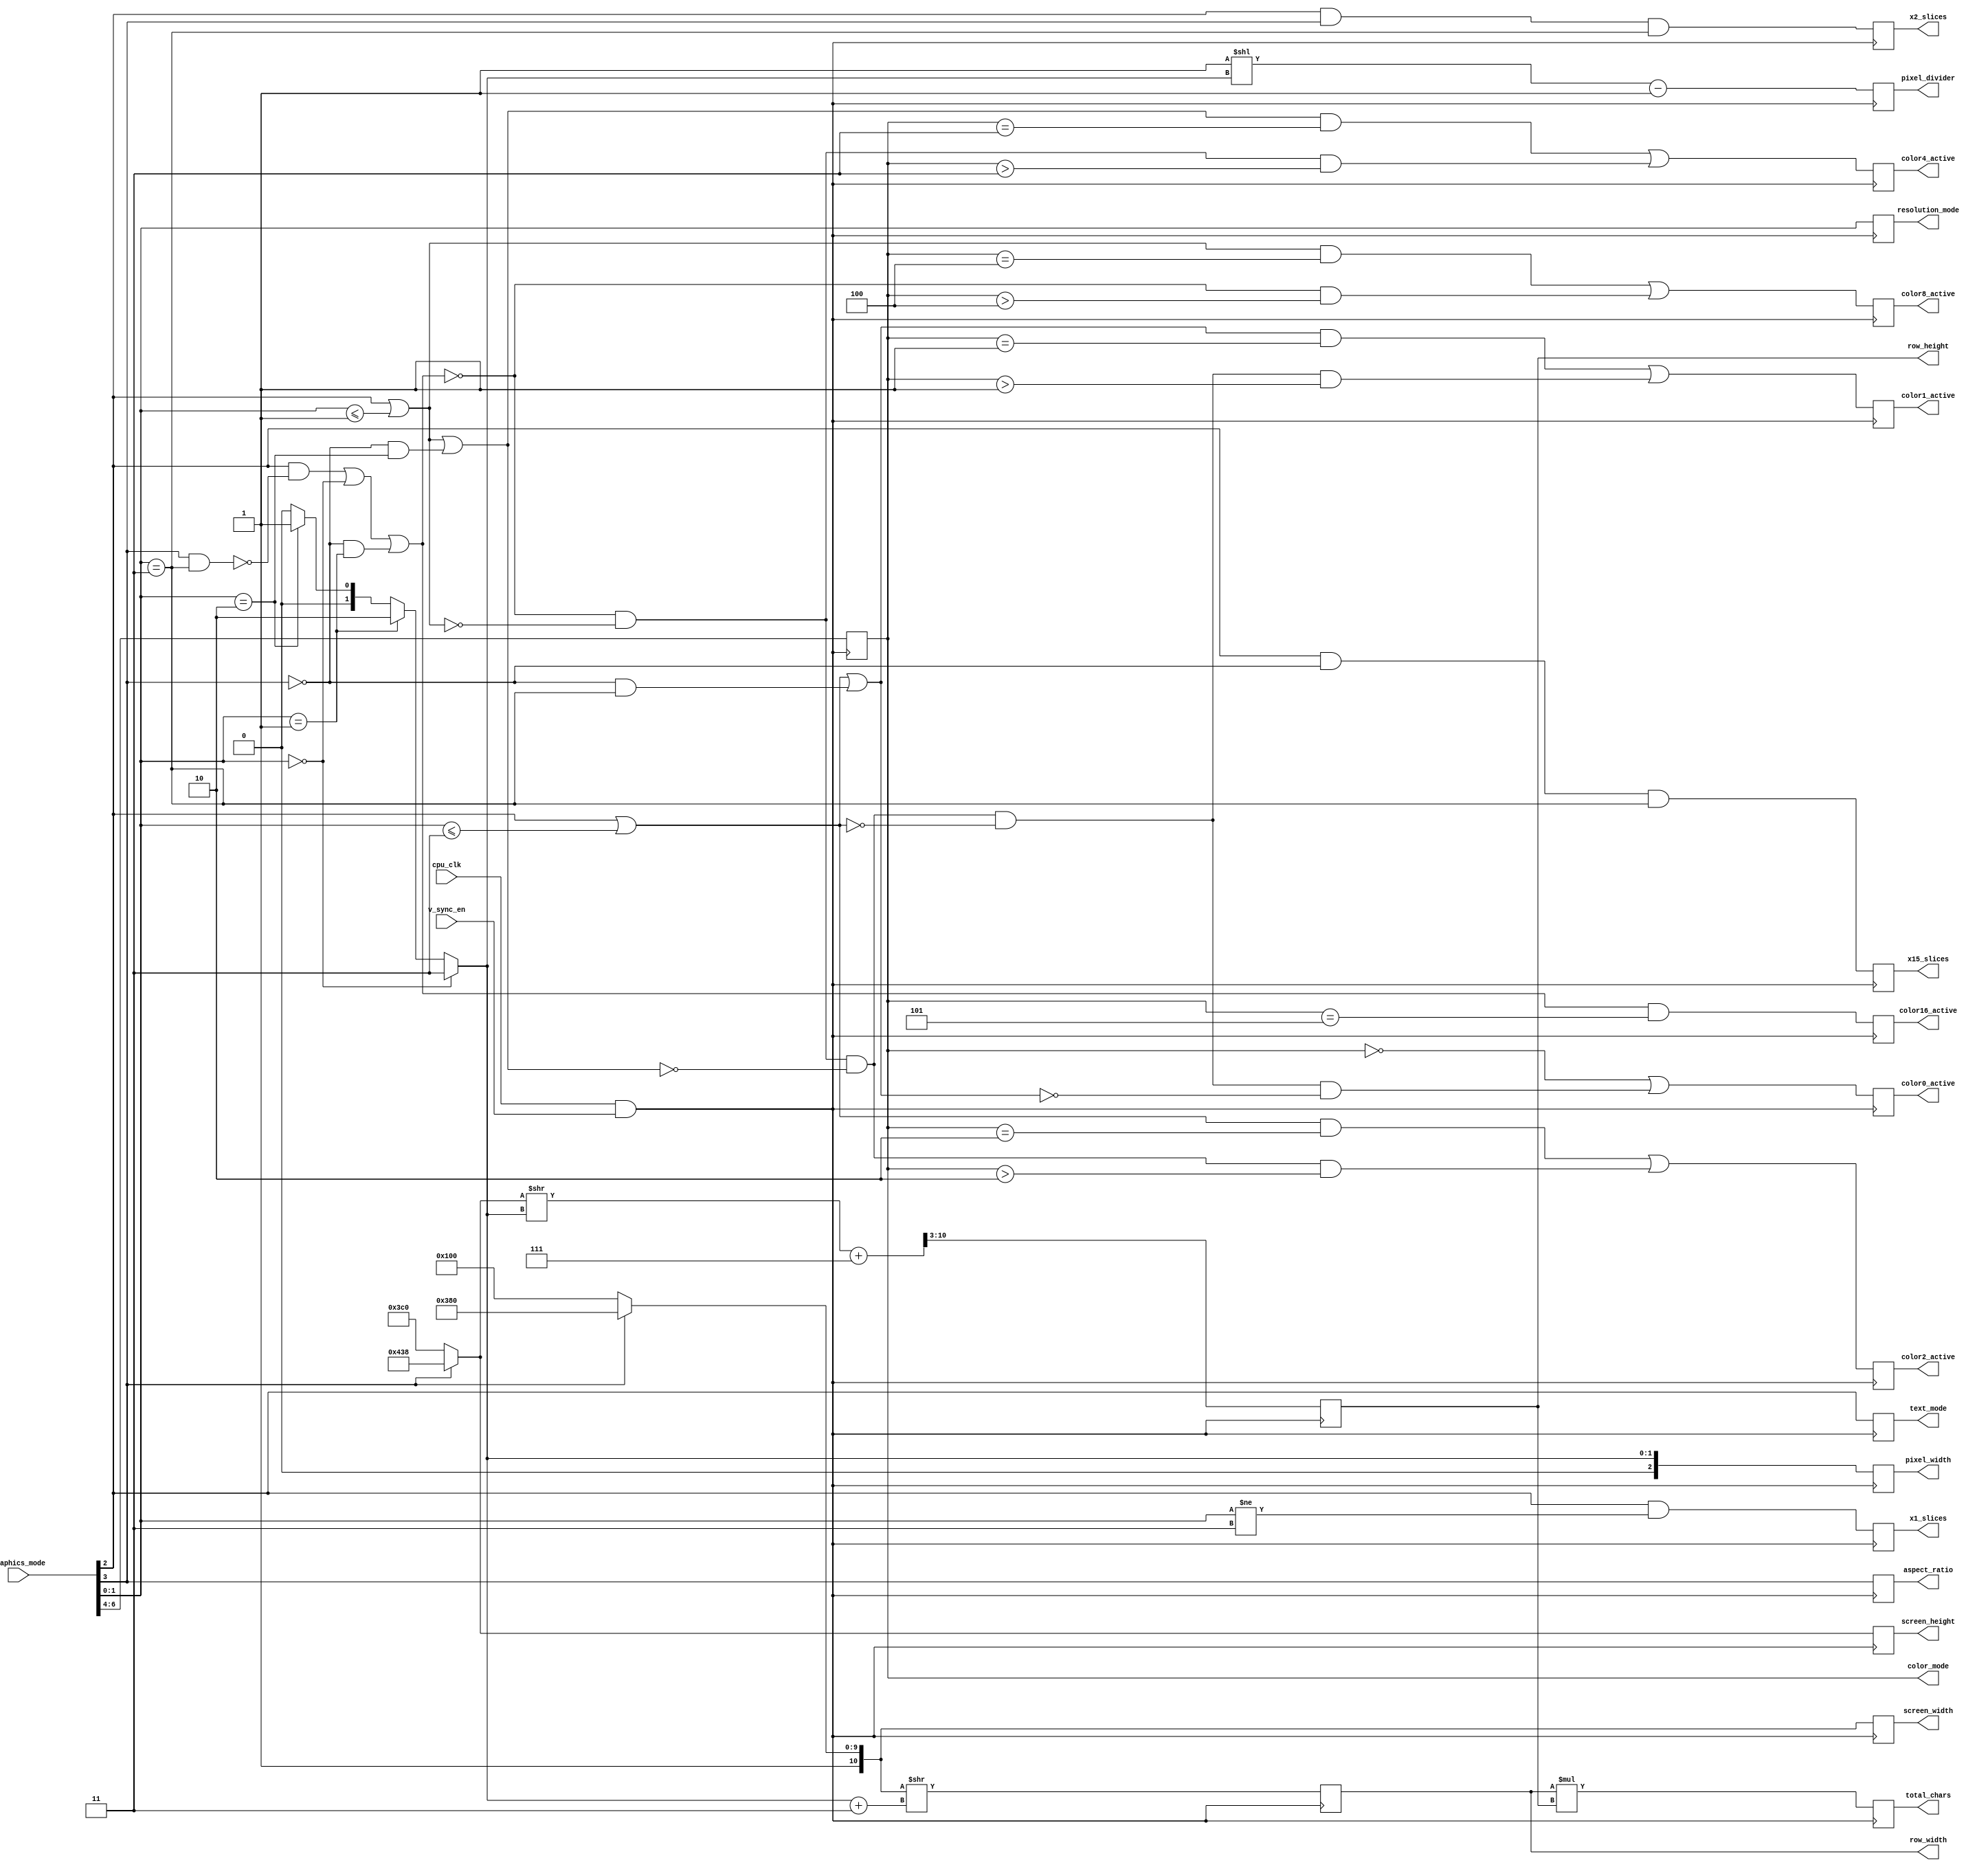
module graphics_modes(
  input cpu_clk,
  input v_sync_en,
  input [15:0] graphics_mode,
  output reg aspect_ratio,
  output reg text_mode,
  output reg [1:0] resolution_mode,
  output reg [2:0] color_mode,
  output reg color16_active,
  output reg color8_active,
  output reg color4_active,
  output reg color2_active,
  output reg color1_active,
  output reg color0_active,
  output reg [10:0] screen_width,
  output reg [10:0] screen_height,
  output reg [7:0] row_width,
  output reg [7:0] row_height,
  output reg [2:0] pixel_width,
  output reg [2:0] pixel_divider,
  output reg [15:0] total_chars,
  output reg x1_slices,
  output reg x15_slices,
  output reg x2_slices
);

parameter SLICE_SIZE = 20'h4000; // 16k
parameter SLICE_WIDTH = 14;
parameter ADDRESS_WIDTH = 17;

wire [2:0] pixel_width_next =
    graphics_mode[1:0] == 2'h0 ? 3'h3 :
    graphics_mode[1:0] == 2'h1 ? 3'h2 :
    graphics_mode[1:0] == 2'h2 ? 3'h1 :
    3'h0;
wire text_mode_next = graphics_mode[2];
wire [1:0] resolution_mode_next = graphics_mode[1:0];
wire aspect_ratio_next = graphics_mode[3];

wire color16_ok;
wire color8_ok;
wire color4_ok;
wire color2_ok;
wire color1_ok;
// half-bit color allowed for all modes
wire color0 = 1'b1;


// Color modes indicate the color depth that can be used in a given mode
// 15-bit color for all text modes except 16x9 high-res
// 15-bit color for 16x9 low-res, 4x3 lower-res
wire color16_ok = text_mode_next & !(aspect_ratio_next & resolution_mode_next == 2'h3) |
  resolution_mode_next == 1'h0 |
  (~aspect_ratio_next & resolution_mode_next == 2'h1);

// 7-bit color for all text modes, all lower-res graphics
wire color8_ok = text_mode_next | resolution_mode_next <= 2'h1;

// 3-bit color for all text modes, all lower-res graphics, 4x3 higher-res
wire color4_ok = text_mode_next | resolution_mode_next <= 2'h1 |
  (~aspect_ratio_next & resolution_mode_next == 2'h2);

// 1-bit color for all text modes, all higher-res graphics
wire color2_ok = text_mode_next | resolution_mode_next <= 2'h3;

// 0-bit color for all text modes, all higher-res graphics, 4x3 high-res
wire color1_ok = text_mode_next | resolution_mode_next <= 2'h3 |
  (~aspect_ratio_next & resolution_mode_next == 2'h3);

wire [10:0] screen_width_next = aspect_ratio_next ? 11'd1920 : 11'd1280;
wire [10:0] screen_height_next = aspect_ratio_next ? 16'd1080 : 16'd960;

always @(posedge cpu_clk & v_sync_en) begin
  // Graphics mode breakdown
  // color_mode 0 = 0.5 bit, 1 = 1 bit, 2 = 2 bit, 3 = 4 bit, 4 = 8 bit, 5 = 16 bit
  color_mode <= graphics_mode[6:4];
  // Aspect ratio 1 = 16x9, 0 = 4x3
  aspect_ratio <= aspect_ratio_next;
  // Text mode 1 = text, 0 = graphics
  text_mode <= text_mode_next;
  // Resolution 0 = lowest, 3 = highest
  resolution_mode <= resolution_mode_next;

  pixel_width <= pixel_width_next;

  screen_width <= screen_width_next;
  screen_height <= screen_height_next;

  row_width <= screen_width_next >> (pixel_width_next + 3'h3);
  row_height <= ((screen_height_next >> pixel_width_next) + 3'h7) >> 3'h3;

  pixel_divider <= (3'h1 << pixel_width_next) - 1'b1;
  total_chars <= row_width * row_height;

  // All text modes except 16x9 and 4x3 high res fit in 1 slice
  x1_slices <= text_mode_next && (resolution_mode_next != 2'h3);

  // 4x3 high res text (160x120) fit in 1.5 slices
  x15_slices <= text_mode_next && ~aspect_ratio_next && resolution_mode_next == 2'h3;

  // 16x9 high res text (240x135) fit in 2 slices
  x2_slices <= text_mode_next && aspect_ratio_next && resolution_mode_next == 2'h3;

  color16_active <= color16_ok & color_mode == 3'h5;
  color8_active <= (color8_ok & color_mode == 3'h4) |
      (~color16_ok & color_mode > 3'h4);
  color4_active <= (color4_ok & color_mode == 3'h3) |
      (~color16_ok & ~color8_ok & color_mode > 3'h3);
  color2_active <= (color2_ok & color_mode == 3'h2) |
      (~color16_ok & ~color8_ok & ~color4_ok & color_mode > 3'h2);
  color1_active <= (color1_ok & color_mode == 3'h1) |
      (~color16_ok & ~color8_ok & ~color4_ok & ~color2_ok & color_mode > 3'h1);
  color0_active <= color_mode == 3'h0 |
      (~color16_ok & ~color8_ok & ~color4_ok & ~color2_ok & ~color1_ok);
end

endmodule